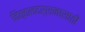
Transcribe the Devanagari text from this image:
विठ्ठलदर्शनासाठी